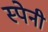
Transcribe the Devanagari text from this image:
स्‍पेनी